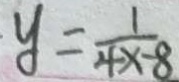
y = \frac { 1 } { 4 x - 8 }